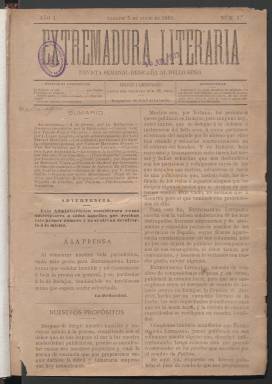
Título: Extremadura literaria
Colección: Literatura || Revistas femeninas
Ámbito geográfico: Badajoz
Lugar de publicación: Badajoz
Fechas: 05/07/1889-13/12/1889